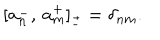
[ \mathbf { a } _ { n } ^ { - } , \, \mathbf { a } _ { m } ^ { + } ] _ { \pm } = \delta _ { n m } .